Lunatic asylums Punjab 1881-1894 - 1881-1894
Year: 1881
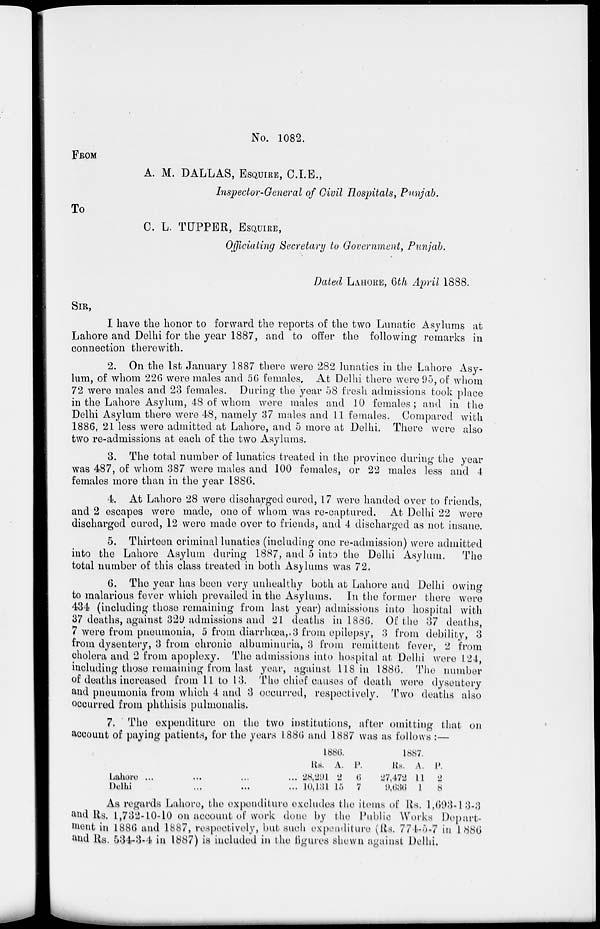
No. 1082.
FROM
A. M. DALLAS, ESQUIRE, C.I.E.,
Inspector-General of Civil Hospitals, Punjab.
TO
C. L. TUPPER, ESQUIRE ,
Officiating Secretary to Government, Punjab.
Dated LAHORE, 6 th April 1888.
SIR,
I have the honor to forward the reports of the two Lunatic Asylums at
Lahore and Delhi for the year 1887, and to offer the following remarks in
connection therewith.
2. On the 1st January 1887 there were 282 lunatics in the Lahore Asy-
lum, of whom 226 were males and 56 females, At Delhi there were 95, of whom
72 were males and 23 females. During the year 58 fresh admissions took place
in the Lahore Asylum, 48 of whom were males and 10 females; and in the
Delhi Asylum there were 48, namely 37 males and 11 females. Compared with
1886, 21 less were admitted at Lahore, and 5 more at Delhi. There were also
two re-admissions at each of the two Asylums.
3. The total number of lunatics treated in the province during the year
was 487, of whom 387 were males and 100 females, or 22 males less and 4
females more than in the year 1886.
4. At Lahore 28 were discharged cured, 17 were handed over to friends,
and 2 escapes were made, one of whom was re-captured. At Delhi 22 were
discharged cured, 12 were made over to friends, and 4 discharged as not insane.
5. Thirteen criminal lunatics (including one re-admission) were admitted
into the Lahore Asylum during 1887, and 5 into the Delhi Asylum.
The
total number of this class treated in both Asylums was 72.
6. The year has been very unhealthy both at Lahore and Delhi owing
to malarious fever which prevailed in the Asylums. In the former there were
434 (including those remaining from last year) admissions into hospital with
37 deaths, against 329 admissions and 21 deaths in 1886. Of the 37 deaths,
7 were from pneumonia, 5 from diarrhœa , . 3 from epilepsy, 3 from debility, 3
from dysentery, 3 from chronic albuminuria, 3 from remittent fever , 2 from
cholera and 2 from apoplexy. The admissions into hospital at Delhi were 124,
including those remaining from last year, against 118 in 1886. The number
of deaths increased from 11 to 13. The chief causes of death were dysentery
and pneumonia from which 4 and 3 occurred, respectively. Two deaths also
occurred from phthisis pulmonalis.
7. The expenditure on the two institutions, after omitting that on
account of paying patients, for the years 1886 and 1887 was as follows :—
Lahore ... ... ...
Delhi
1886.
Rs.
28,291
10,131
A.
2
15
P.
6
7
1887.
Rs.
27,472
9,636
A.
11
1
P.
2
8
As regards Lahore, the expenditure excludes the items of Rs. 1,693-13-3
and Rs. 1,732-10-10 on account of work done by the Public Works Depart-
ment in 1886 and 1887, respectively, but such expenditure (Rs. 774-5-7 in 1886
and Rs. 534-3-4 in 1887) is included in the figures shown against Delhi.